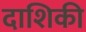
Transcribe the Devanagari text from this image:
दाशिकी